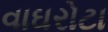
વાઘરોટા